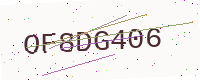
Text: OF8DG406